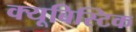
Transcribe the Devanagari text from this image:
क्यूबिस्टिक